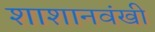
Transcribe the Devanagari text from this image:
शाशानवंखी